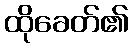
ထိုခေတ်၏